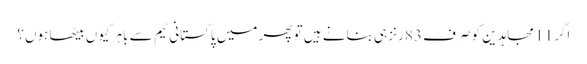
اگر 11 مجاہدین کو صرف 83 رنز ہی بنانے ہیں تو پھر میں پاکستانی ٹیم سے باہر کیوں بیٹھا ہوں؟